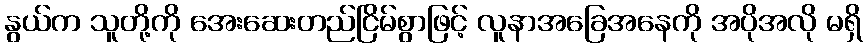
နွယ်က သူတို့ကို အေးဆေးတည်ငြိမ်စွာဖြင့် လူနာအခြေအနေကို အပိုအလို မရှိ